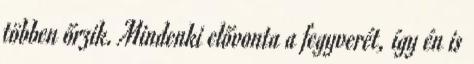
többen őrzik. Mindenki elővonta a fegyverét, így én is